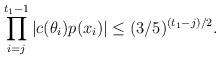
LaTeX: \begin{align*}\prod \limits_{i=j}^{t_1 - 1} |c(\theta_i)p(x_i)| \leq (3/5)^{(t_1 - j)/2}.\end{align*}